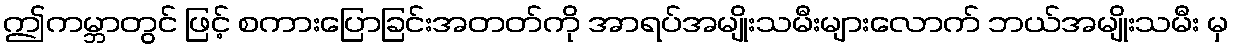
ဤကမ္ဘာတွင် ဖြင့် စကားပြောခြင်းအတတ်ကို အာရပ်အမျိုးသမီးများလောက် ဘယ်အမျိုးသမီး မှ